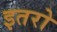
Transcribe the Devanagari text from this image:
इतरो